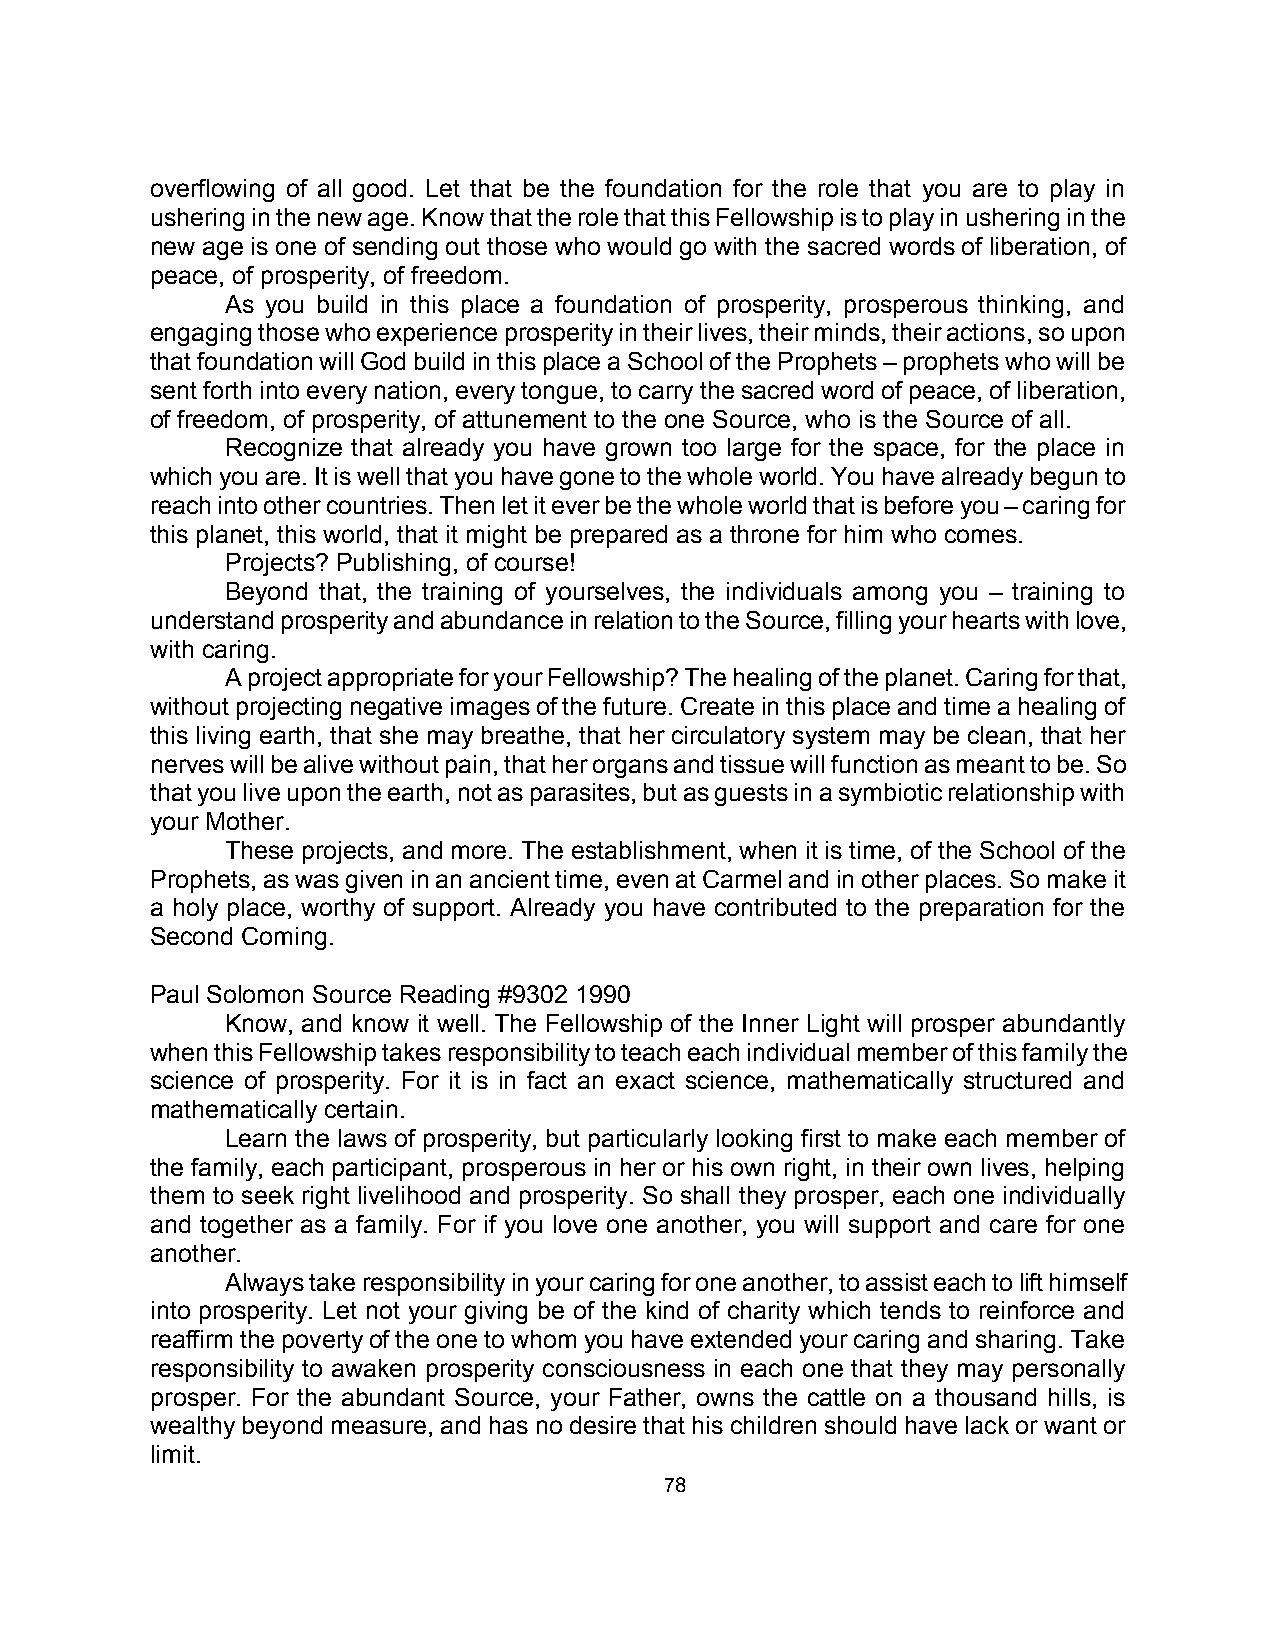
overflowing of all good. Let that be the foundation for the role that you are to play in
 ushering in the new age. Know that the role that this Fellowship is to play in ushering in the
 new age is one of sending out those who would go with the sacred words of liberation, of
 peace, of prosperity, of freedom.
 As you build in this place a foundation of prosperity, prosperous thinking, and
 engaging those who experience prosperity in their lives, their minds, their actions, so upon
 that foundation will God build in this place a School of the Prophets – prophets who will be
 sent forth into every nation, every tongue, to carry the sacred word of peace, of liberation,
 of freedom, of prosperity, of attunement to the one Source, who is the Source of all.
 Recognize that already you have grown too large for the space, for the place in
 which you are. It is well that you have gone to the whole world. You have already begun to
 reach into other countries. Then let it ever be the whole world that is before you – caring for
 this planet, this world, that it might be prepared as a throne for him who comes.
 Projects? Publishing, of course!
 Beyond that, the training of yourselves, the individuals among you – training to
 understand prosperity and abundance in relation to the Source, filling your hearts with love,
 with caring.
 A project appropriate for your Fellowship? The healing of the planet. Caring for that,
 without projecting negative images of the future. Create in this place and time a healing of
 this living earth, that she may breathe, that her circulatory system may be clean, that her
 nerves will be alive without pain, that her organs and tissue will function as meant to be. So
 that you live upon the earth, not as parasites, but as guests in a symbiotic relationship with
 your Mother.
 These projects, and more. The establishment, when it is time, of the School of the
 Prophets, as was given in an ancient time, even at Carmel and in other places. So make it
 a holy place, worthy of support. Already you have contributed to the preparation for the
 Second Coming.
 Paul Solomon Source Reading #9302 1990
 Know, and know it well. The Fellowship of the Inner Light will prosper abundantly
 when this Fellowship takes responsibility to teach each individual member of this family the
 science of prosperity. For it is in fact an exact science, mathematically structured and
 mathematically certain.
 Learn the laws of prosperity, but particularly looking first to make each member of
 the family, each participant, prosperous in her or his own right, in their own lives, helping
 them to seek right livelihood and prosperity. So shall they prosper, each one individually
 and together as a family. For if you love one another, you will support and care for one
 another.
 Always take responsibility in your caring for one another, to assist each to lift himself
 into prosperity. Let not your giving be of the kind of charity which tends to reinforce and
 reaffirm the poverty of the one to whom you have extended your caring and sharing. Take
 responsibility to awaken prosperity consciousness in each one that they may personally
 prosper. For the abundant Source, your Father, owns the cattle on a thousand hills, is
 wealthy beyond measure, and has no desire that his children should have lack or want or
 limit.
 78